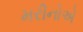
મરીનોએ